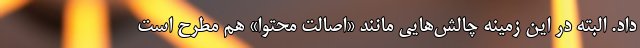
داد. البته در این زمینه چالش‌هایی مانند «اصالت محتوا» هم مطرح است